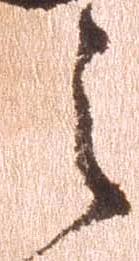
之